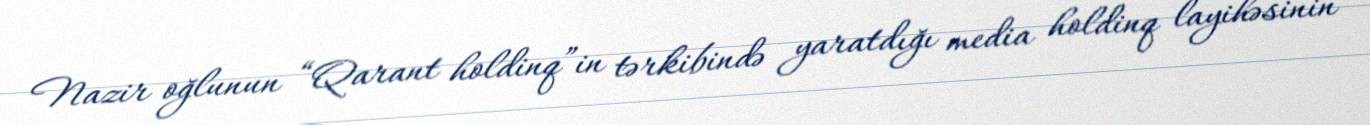
Nazir oğlunun “Qarant holdinq”in tərkibində yaratdığı media holdinq layihəsinin